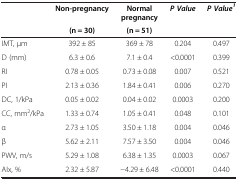
<table><thead><tr><td rowspan="2"><b> </b></td><td><b>Non-pregnancy</b></td><td><b>Normal pregnancy</b></td><td rowspan="2"><b><i>P Value</i></b></td><td rowspan="2"><b><i>P Value</i><sup><i>1</i></sup></b></td></tr><tr><td><b>(n = 30)</b></td><td><b>(n = 51)</b></td></tr></thead><tbody><tr><td>IMT, μm</td><td>392 ± 85</td><td>369 ± 78</td><td>0.204</td><td>0.497</td></tr><tr><td>D (mm)</td><td>6.3 ± 0.6</td><td>7.1 ± 0.4</td><td>&lt;0.0001</td><td>0.399</td></tr><tr><td>RI</td><td>0.78 ± 0.05</td><td>0.73 ± 0.08</td><td>0.007</td><td>0.521</td></tr><tr><td>PI</td><td>2.13 ± 0.36</td><td>1.84 ± 0.41</td><td>0.006</td><td>0.270</td></tr><tr><td>DC, 1/kPa</td><td>0.05 ± 0.02</td><td>0.04 ± 0.02</td><td>0.0003</td><td>0.200</td></tr><tr><td>CC, mm<sup>2</sup>/kPa</td><td>1.33 ± 0.74</td><td>1.05 ± 0.41</td><td>0.048</td><td>0.101</td></tr><tr><td>α</td><td>2.73 ± 1.05</td><td>3.50 ± 1.18</td><td>0.004</td><td>0.046</td></tr><tr><td>β</td><td>5.62 ± 2.11</td><td>7.57 ± 3.50</td><td>0.004</td><td>0.046</td></tr><tr><td>PWV, m/s</td><td>5.29 ± 1.08</td><td>6.38 ± 1.35</td><td>0.0003</td><td>0.067</td></tr><tr><td>AIx, %</td><td>2.32 ± 5.87</td><td>-4.29 ± 6.48</td><td>&lt;0.0001</td><td>0.440</td></tr></tbody></table>